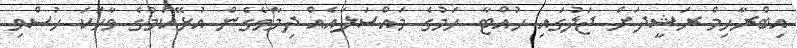
އިބްރާހިމް ރަޝީދަށް ޖަލުގައި ހުއްޓާ ހަމުގެ މައްސަލައެއް ދިމާވެގެން އުޅޭކަމުގެ ވާހަކަ ހުސްވި